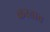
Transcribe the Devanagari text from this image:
करताव